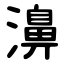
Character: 濞